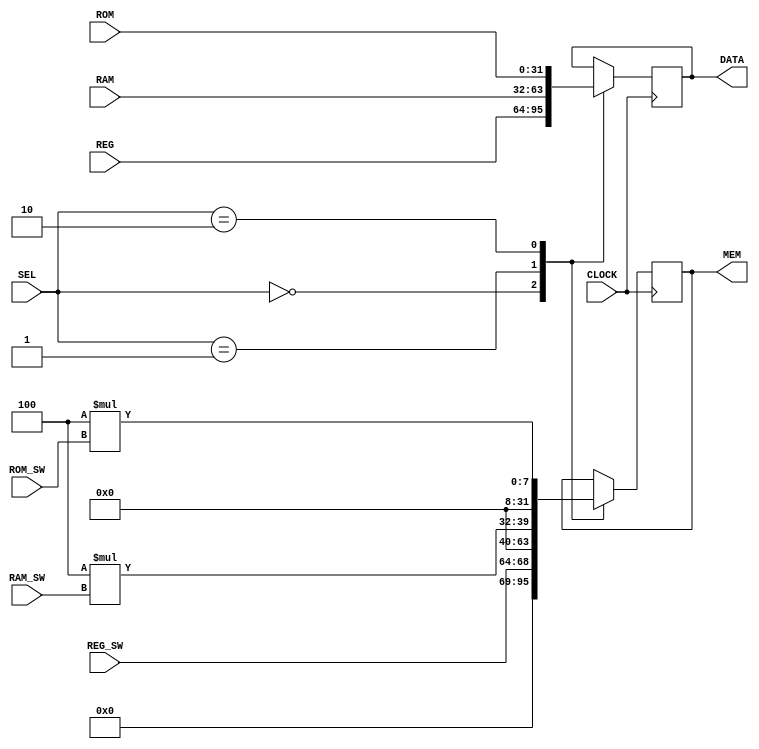
//data_select

module data_select(

	input wire CLOCK,
	input wire [1:0]SEL,
	
	input wire [31:0]RAM,
	input wire [31:0]ROM,
	input wire [31:0]REG,
	
	input wire [4:0]RAM_SW,
	input wire [4:0]ROM_SW,
	input wire [4:0]REG_SW,
	
	output reg [31:0]DATA,
	output reg [31:0]MEM
	
);

	

	always @(posedge CLOCK) begin
			case (SEL) 
			0:
				begin
					DATA[31:0] = REG[31:0];
					MEM[31:0] = REG_SW;
				end
			
			1: begin
					DATA[31:0] = RAM[31:0];
					MEM[31:0] = 4 * RAM_SW;
				end
			
			2: begin
					DATA[31:0] = ROM[31:0];
					MEM[31:0] = 4 * ROM_SW;
				end
		endcase
	end	
		
endmodule